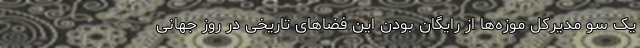
یک سو مدیرکل موزه‌ها از رایگان بودن این فضاهای تاریخی در روز جهانی